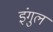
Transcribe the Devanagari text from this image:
इंगुल